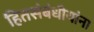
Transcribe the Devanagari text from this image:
हितसंबंधीयांना